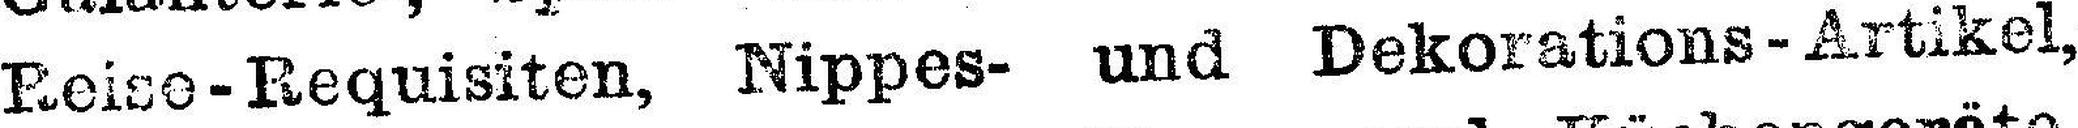
Reise - Requisiten, Nippes- und Dekorations - Artikel,